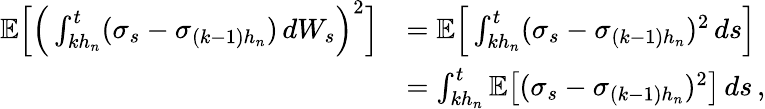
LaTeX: \begin{array}{rl}{\mathbb{E}\Big[\Big(\int_{kh_{n}}^{t}(\sigma_{s}-\sigma_{(k-1)h_{n}})\, dW_{s}\Big)^{2}\Big]}&{=\mathbb{E}\Big[\int_{kh_{n}}^{t}(\sigma_{s}-\sigma_{(k-1)h_{n}})^{2}\, ds\Big]}\\ &{=\int_{kh_{n}}^{t}\mathbb{E}\big[(\sigma_{s}-\sigma_{(k-1)h_{n}})^{2}\big]\, ds\, ,}\end{array}